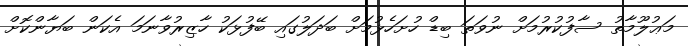
މަޢުލޫމާތު ސާފުކުރުމަށް ނުވަތަ ބިޑް ހުށަހެޅުމަށް ބަދަލުގައި ބޭފުޅަކު ހާޒިރުވާނަމަ އެކަން ބަޔާންކޮށް